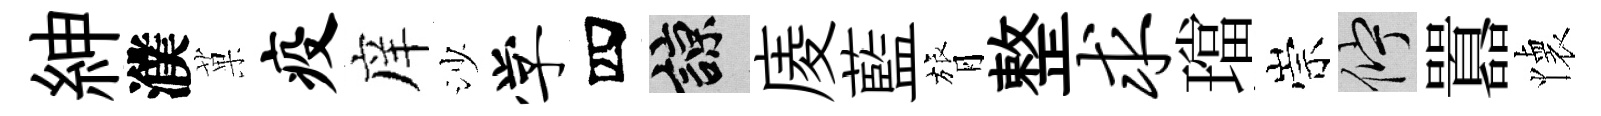
紳濮菓疫庠沙学四諒庱藍膂整求璫崇伫囂懐